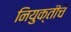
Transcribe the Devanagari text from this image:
नियुक्तीचे